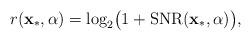
LaTeX: \begin{align*}r(\mathbf{x}_{*},\alpha)=\log_{2}\bigl(1+\mathrm{SNR}(\mathbf{x}_{*},\alpha)\bigr),\end{align*}